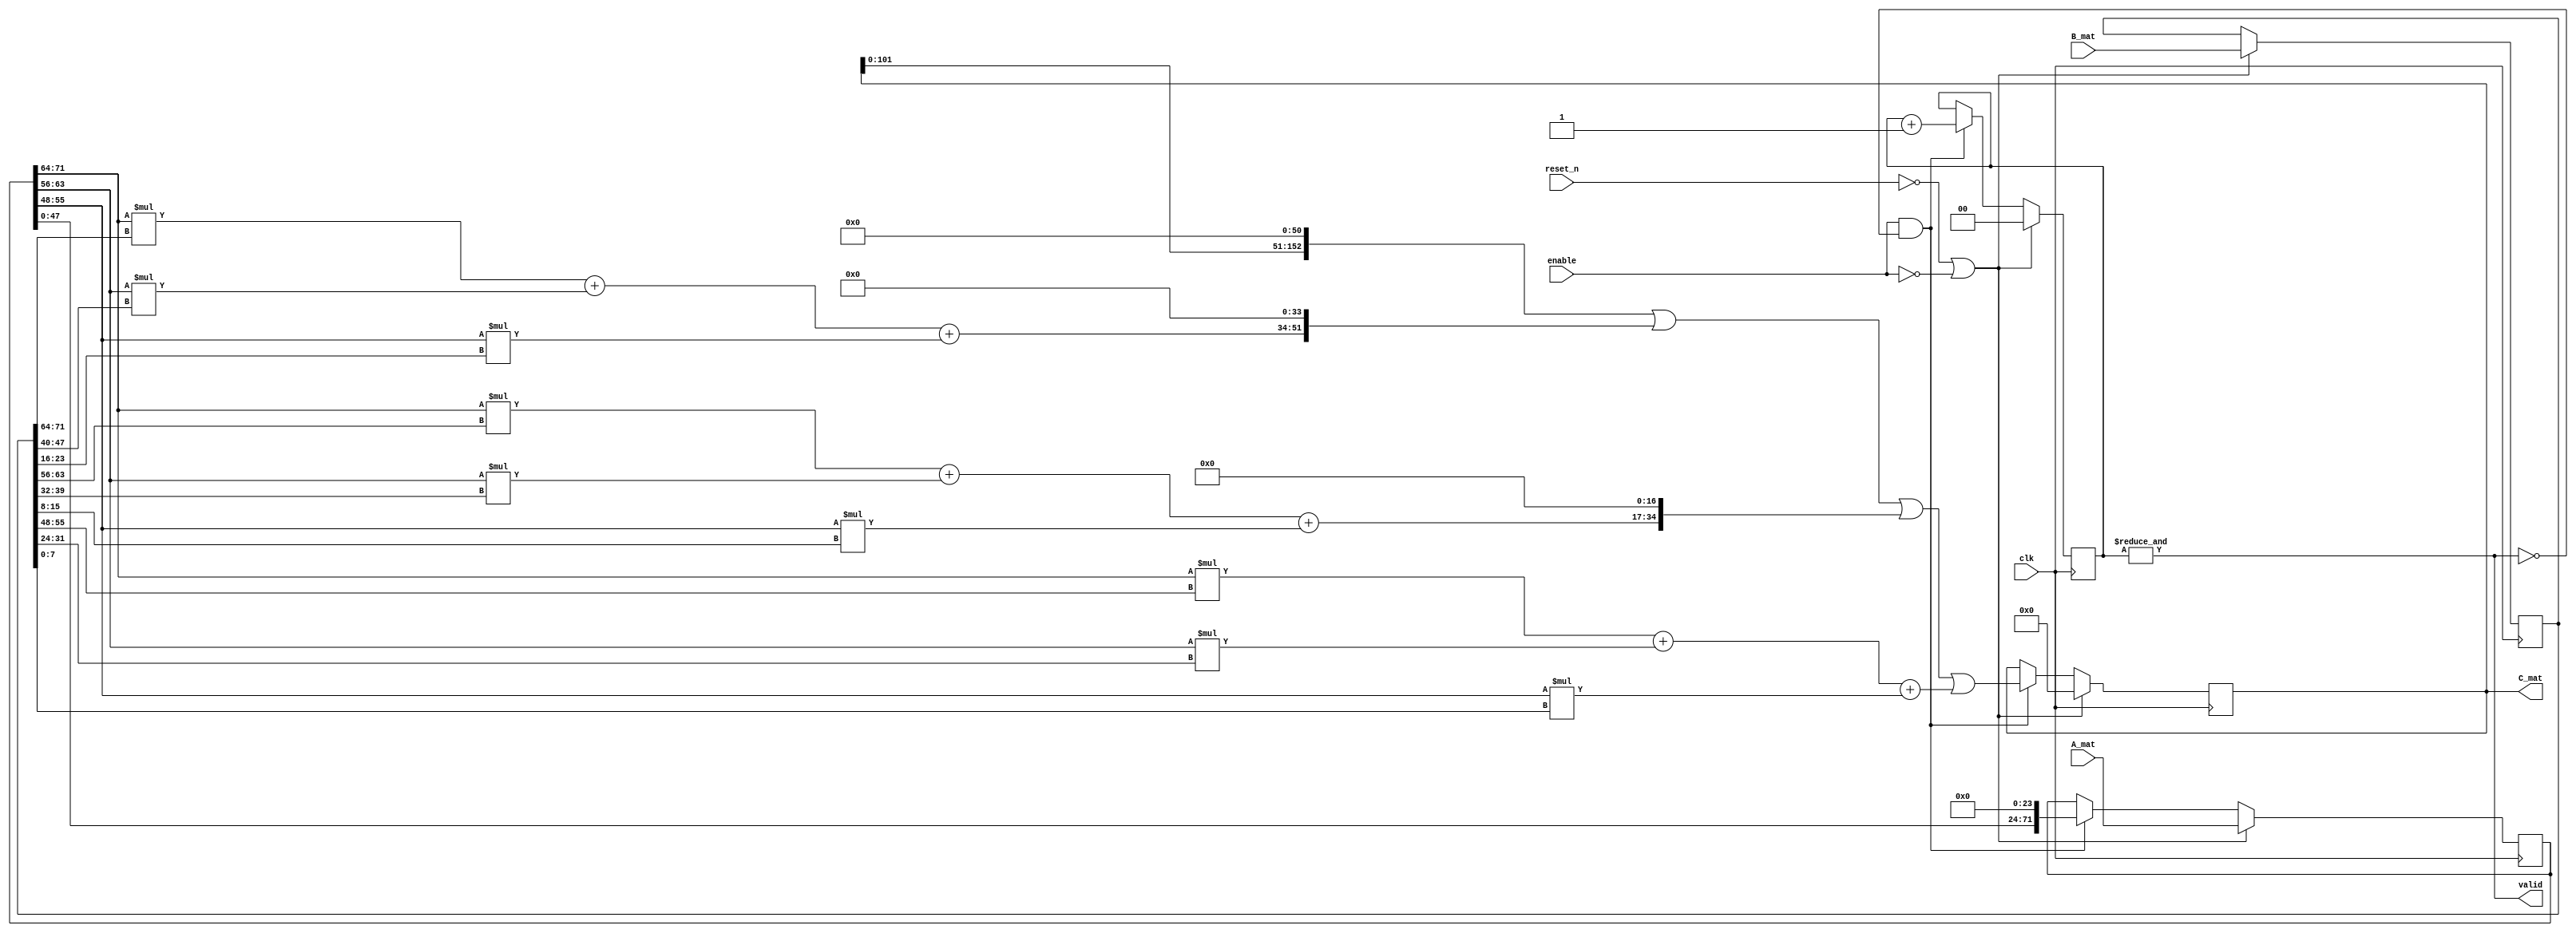
`timescale 1ns / 1ps
//////////////////////////////////////////////////////////////////////////////////
// Company: 
// Engineer: 
// 
// Design Name: 0816146 Sean
// Module Name: mmult
// Project Name: Lab 2
// Target Devices: 
// Tool Versions: 
// Description: 
// 
// Dependencies: 
// 
// Revision:
// Revision 0.01 - File Created
// Additional Comments:
// 
//////////////////////////////////////////////////////////////////////////////////


module mmult(
	input  wire clk, reset_n, enable,
	input  wire [0:9*8-1] A_mat, B_mat,
	output wire valid,
	output wire [0:9*17-1] C_mat);

	reg [0:9* 8-1] A, B;
	reg [0:9*17-1] C;  // Warning: Overflow when 209x209 ~ 255x171
	reg [0:1] cnt;

	assign C_mat = C;
	assign valid = &cnt;

	always @(posedge clk) begin
		if (~reset_n | ~enable) begin
            A <= A_mat;
            B <= B_mat;
            C <= 0;
            cnt <= 0;
		end else if (enable & ~valid) begin
			A <= A << 24;
			C <= C << 51
				| (A[0:7]*B[ 0: 7] + A[8:15]*B[24:31] + A[16:23]*B[48:55])  << 34
				| (A[0:7]*B[ 8:15] + A[8:15]*B[32:39] + A[16:23]*B[56:63])  << 17
				| (A[0:7]*B[16:23] + A[8:15]*B[40:47] + A[16:23]*B[64:71]);
			cnt <= cnt + 1;
		end
	end
endmodule